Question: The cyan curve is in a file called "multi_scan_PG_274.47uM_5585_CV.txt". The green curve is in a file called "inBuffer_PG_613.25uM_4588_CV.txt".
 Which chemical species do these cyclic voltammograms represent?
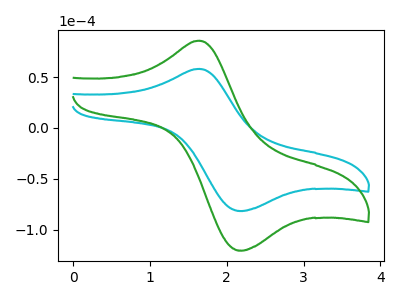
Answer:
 <answer>The cyan curve is labeled "PG 274.47uM". The green curve is labeled "PG 613.25uM".</answer>
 <eval></eval>